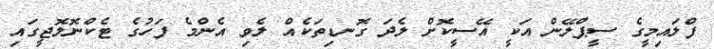
ފްލައިމީގެ ސީޕްލޭން އަކީ އޭސީކޮށް ލެދަ ގޮނޑިތަކެއް ލެވި އެންމެ ފަހުގެ ޓެކްނޮލޮޖީގައި